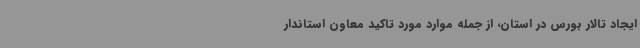
ایجاد تالار بورس در استان، از جمله موارد مورد تاکید معاون استاندار